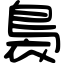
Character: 裊